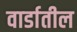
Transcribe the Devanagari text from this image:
वार्डातील